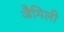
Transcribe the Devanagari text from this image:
जैमिली